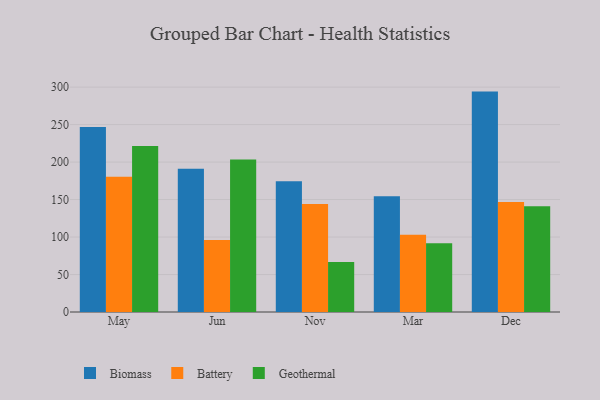
{"axis": {"x": "Month", "y": "Bounce Rate (%)"}, "legend": ["Battery", "Biomass", "Geothermal"], "data": [{"x": "May", "y": 246.7, "type": "Biomass"}, {"x": "May", "y": 180.4, "type": "Battery"}, {"x": "May", "y": 221.5, "type": "Geothermal"}, {"x": "Jun", "y": 191.1, "type": "Biomass"}, {"x": "Jun", "y": 96.1, "type": "Battery"}, {"x": "Jun", "y": 203.4, "type": "Geothermal"}, {"x": "Nov", "y": 174.4, "type": "Biomass"}, {"x": "Nov", "y": 144.0, "type": "Battery"}, {"x": "Nov", "y": 66.6, "type": "Geothermal"}, {"x": "Mar", "y": 154.3, "type": "Biomass"}, {"x": "Mar", "y": 103.0, "type": "Battery"}, {"x": "Mar", "y": 91.8, "type": "Geothermal"}, {"x": "Dec", "y": 294.0, "type": "Biomass"}, {"x": "Dec", "y": 146.6, "type": "Battery"}, {"x": "Dec", "y": 141.2, "type": "Geothermal"}]}